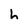
Character: h